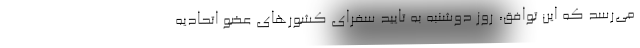
می‌رسد که این توافق، روز دوشنبه به تایید سفرای کشورهای عضو اتحادیه